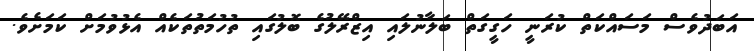
އަބަދުވެސް މަސައްކަތް ކުރަނީ ހަގީގަތް ބަލާނުލައި އިޒްރޭލުގެ ބޮލުގައި ތުހުމަތުތަކެއް އެޅުވުމަށް ކަމަށެވެ.